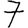
Digit: 7